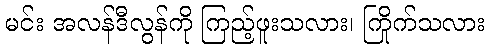
မင်း အလန်ဒီလွန်ကို ကြည့်ဖူးသလား၊ ကြိုက်သလား